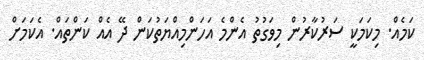
ކަމެއް. މިކަމަކީ ސަރުކާރުން މިވަގުތު އެންމެ އަހަންމިއްޔަތުކަން ދޭ އެއް ކަންތައް. އެކަމަށް